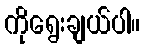
ကိုရွေးချယ်ပါ။